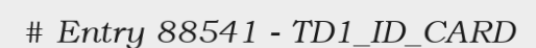
# Entry 88541 - TD1_ID_CARD